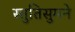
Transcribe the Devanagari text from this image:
स्तुतिसुमने